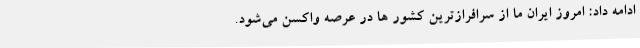
ادامه داد: امروز ایران ما از سرافرازترین کشور ها در عرصه واکسن می‌شود.